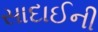
સાદાઈની